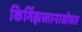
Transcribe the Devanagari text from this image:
किर्गिझस्तानासोबत